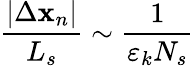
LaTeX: \frac{|\Delta\mathbf{x}_{n}|}{L_{s}}\sim\frac{1}{\varepsilon_{k}N_{s}}